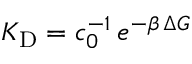
K _ { \mathrm { D } } = c _ { 0 } ^ { - 1 } \, e ^ { - \beta \, \Delta G }